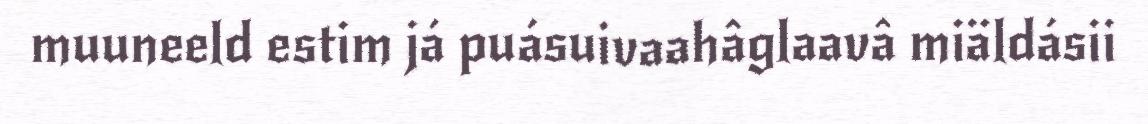
muuneeld estim já puásuivaahâglaavâ miäldásii